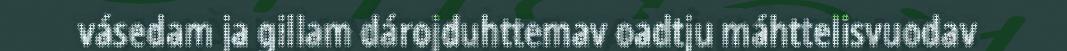
vásedam ja gillam dárojduhttemav oadtju máhttelisvuodav